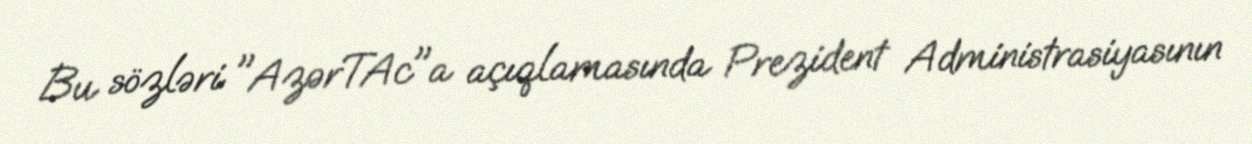
Bu sözləri "AzərTAc"a açıqlamasında Prezident Administrasiyasının